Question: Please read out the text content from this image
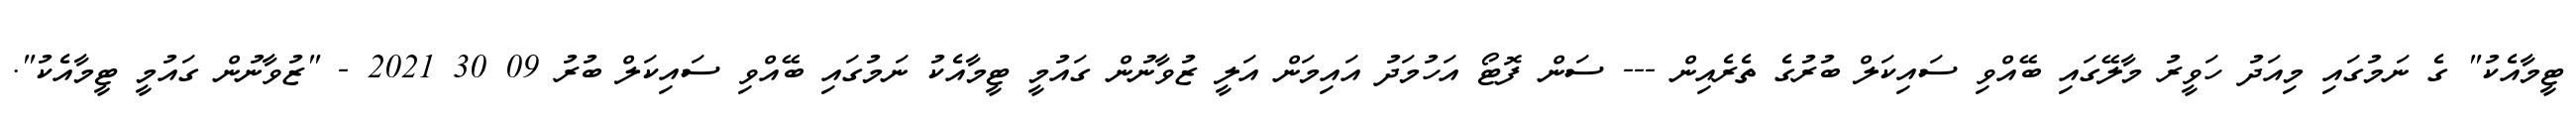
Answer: ޓީމާއެކު" ގެ ނަމުގައި މިއަދު ހަވީރު މާލޭގައި ބޭއްވި ސައިކަލް ބުރުގެ ތެރެއިން --- ސަން ފޮޓޯ އަހުމަދު އައިމަން އަލީ ޒުވާނުން ގައުމީ ޓީމާއެކު ނަމުގައި ބޭއްވި ސައިކަލް ބުރު 09 30 2021 - "ޒުވާނުން ގައުމީ ޓީމާއެކު".